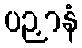
ပဉှာနံ